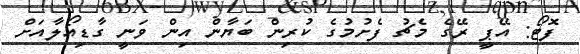
ފޮޓޯ: އޭޕީ ރޭގެ މެޗު ފެށުމުގެ ކުރިން ބަޔާން އިން ވަނީ ގާޑިއޯލާއަށް